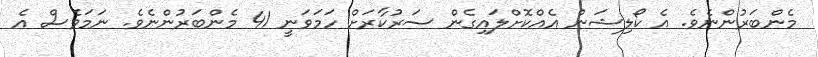
މެންބަރުންނެވެ. އެ ކޯލިޝަން އެއްކޮށްލައިގެން ސަރުކާރަށް ހަމަވަނީ 41 މެންބަރުންނެވެ. ނަމަވެސް އެ